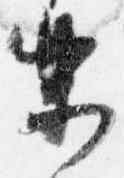
楽